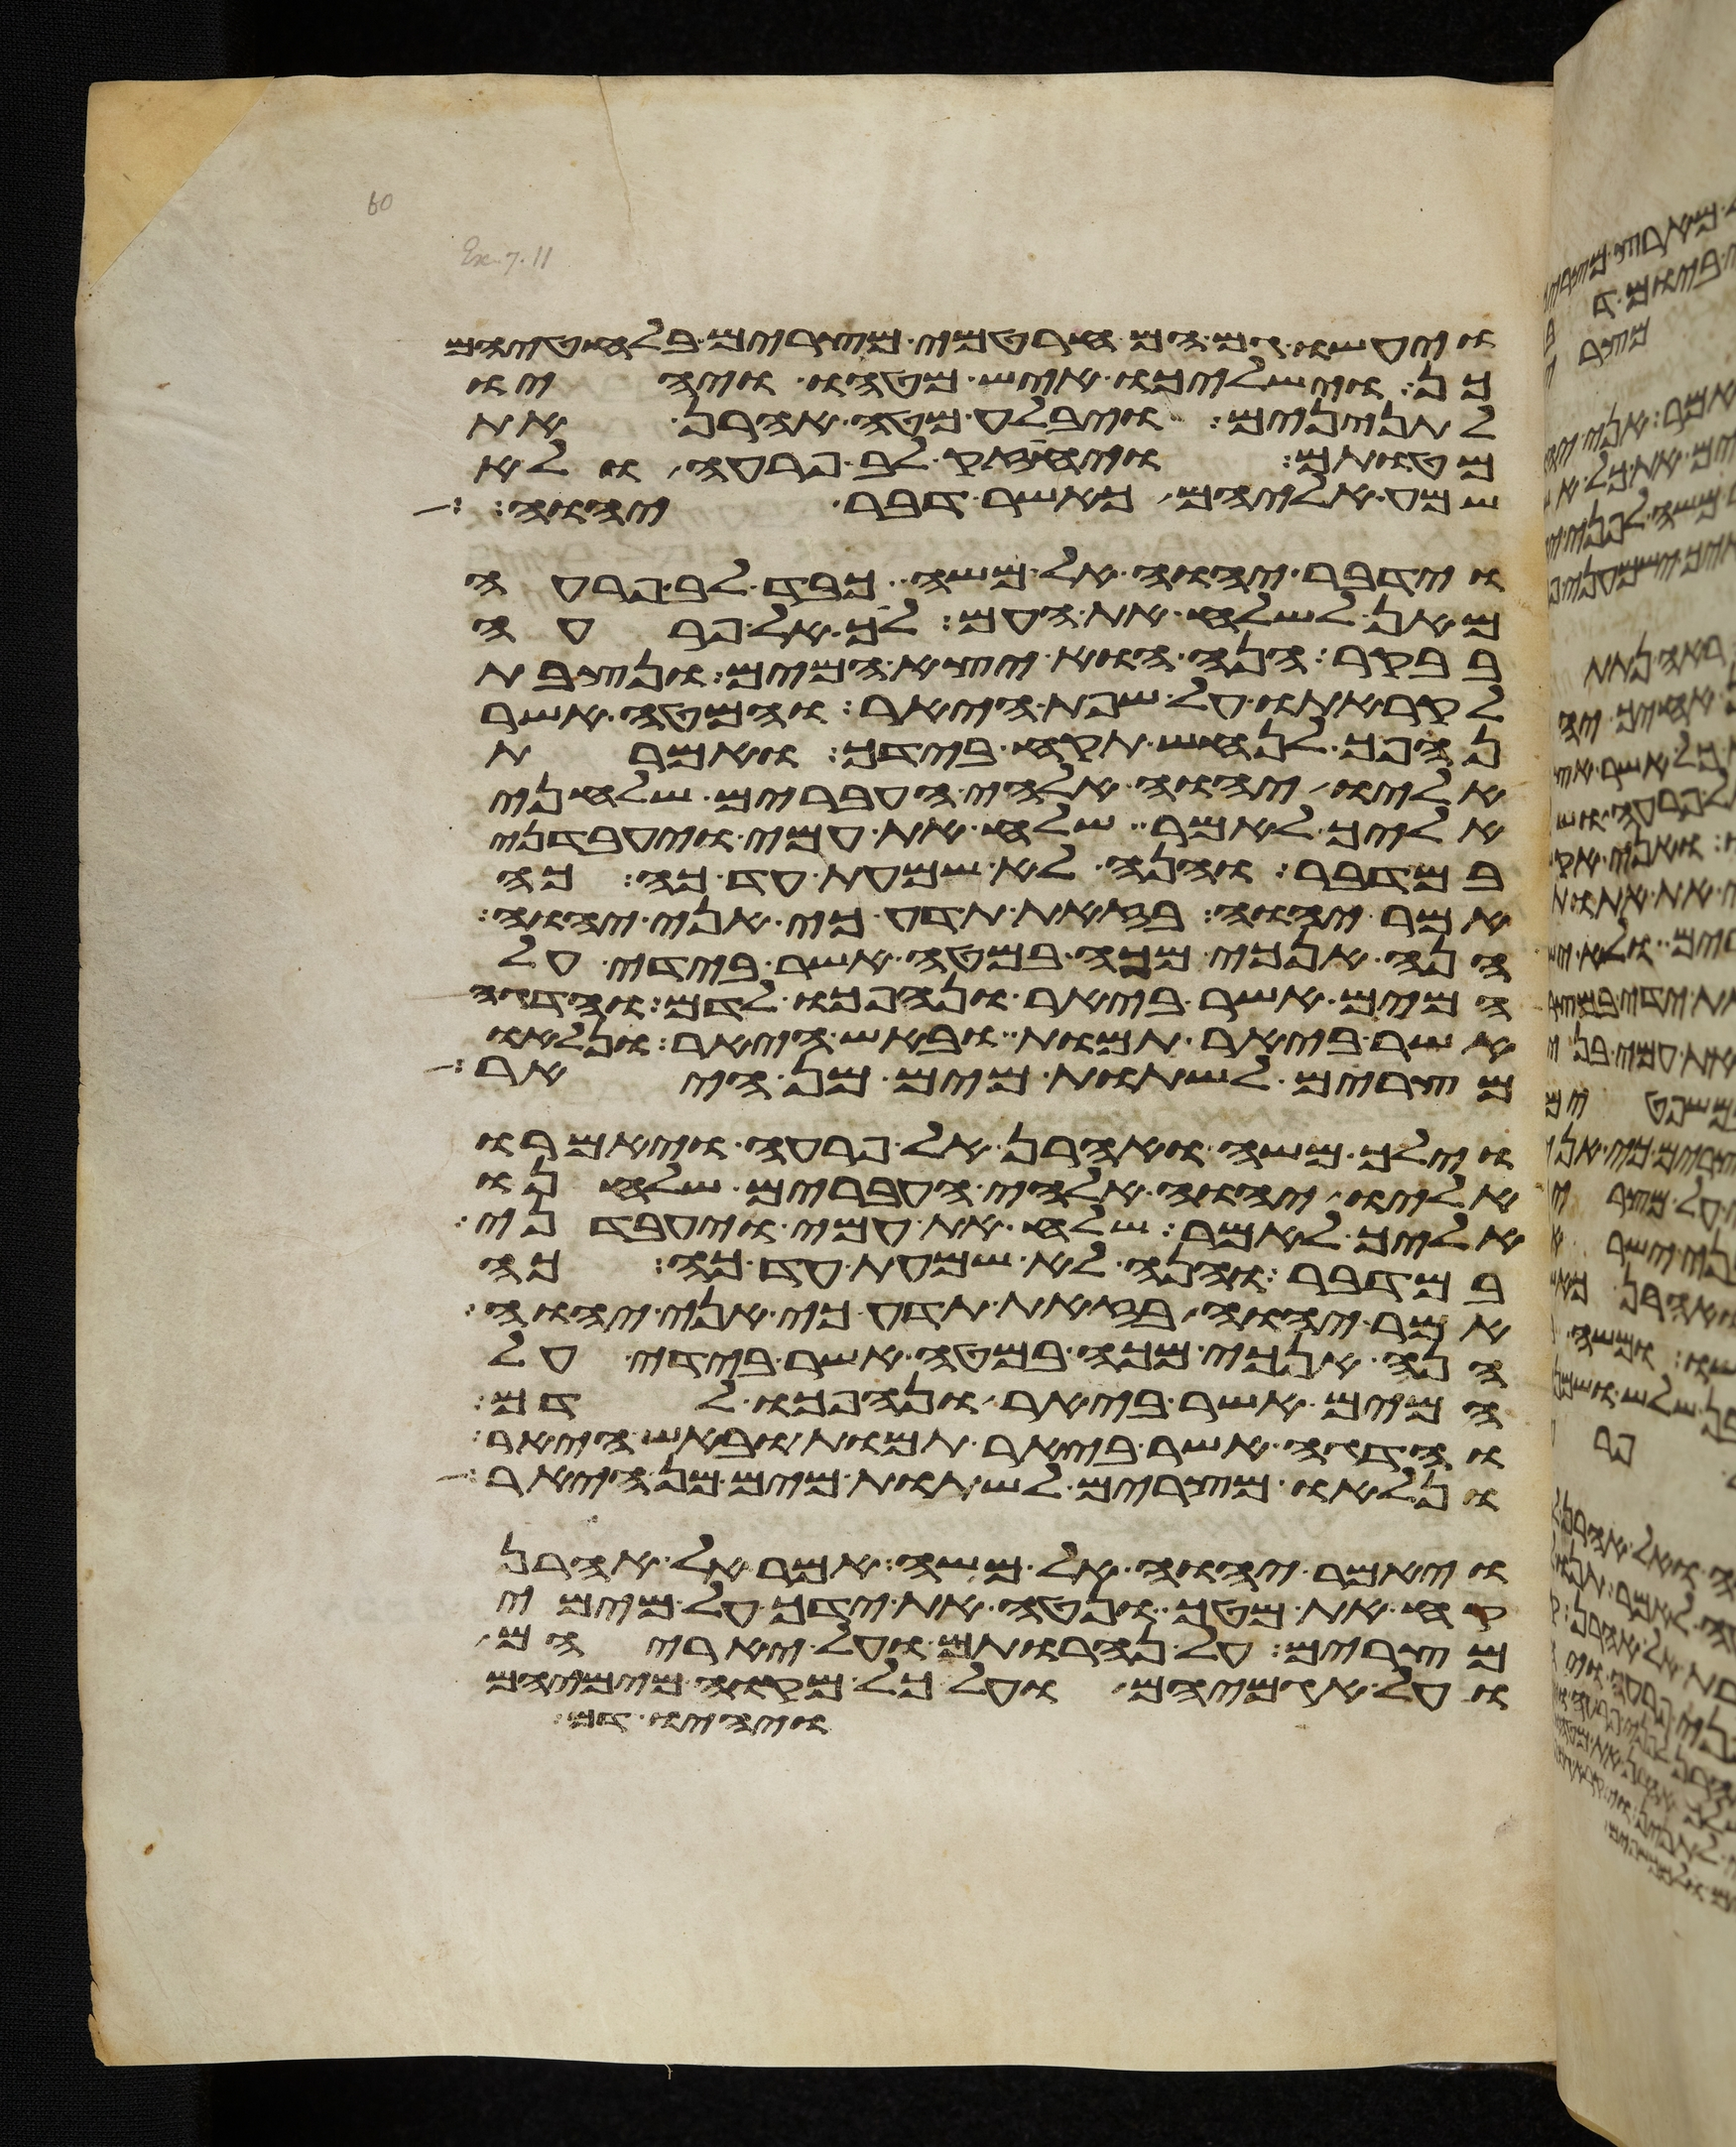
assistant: ויעשו גם הם חרטמי מצרים בלחטיהם
כן וישלכו איש מטהו ויהיו
לתנינים ויבלע מטה אהרן את
מטותם ויחזק לב פרעה ולא
שמע אליהם כאשר דבר יהוה
וידבר יהוה אל משה כבד לב פרעה
מאן לשלח את העם לך אל פרעה
בבקר הנה הוא יצא המים ונצבת
לקראתו על שפת היאר והמטה אשר
נהפך לנחש תקח בידך ואמרת
אליו יהוה אלהי העברים שלחני
אליך לאמר שלח את עמי ויעבדני
במדבר והנה לא שמעת עד כה כה
אמר יהוה בזאת תדע כי אני יהוה
הנה אנכי מכה במטה אשר בידי על
המים אשר ביאר ונהפכו לדם והדגה
אשר ביאר תמות ובאש היאר ונלאו
מצרים לשתות מים מן היאר
וילך משה ואהרן אל פרעה ויאמרו
אליו יהוה אלהי העברים שלחנו
אליך לאמר שלח את עמי ויעבדני
במדבר והנה לא שמעת עד כה כה
אמר יהוה בזאת תדע כי אני יהוה
הנה אנכי מכה במטה אשר בידי על
המים אשר ביאר ונהפכו לדם
והדגה אשר ביאר תמות ובאש היאר
ונלאו מצרים לשתות מים מן היאר
ויאמר יהוה אל משה אמר אל אהרן
קח את מטך ונטה את ידך על מימי
מצרים על נהרותם ועל יאריהם
ועל אגמיהם ועל כל מקוה מימיהם
ויהיו דם